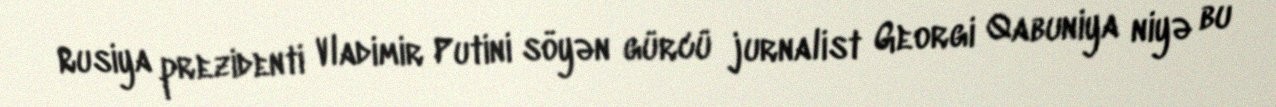
Rusiya prezidenti Vladimir Putini söyən gürcü jurnalist Georgi Qabuniya niyə bu